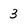
Character: 3